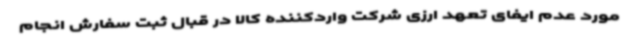
مورد عدم ایفای تعهد ارزی شرکت واردکننده کالا در قبال ثبت سفارش انجام